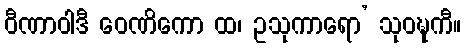
ဝီဏာဝါဒီ ဝေဏိကော ထ၊ ဥသုကာရော’ သုဝဍ္ဎကီ။